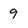
Character: 9